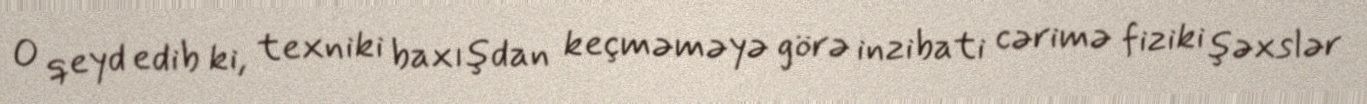
O qeyd edib ki, texniki baxışdan keçməməyə görə inzibati cərimə fiziki şəxslər